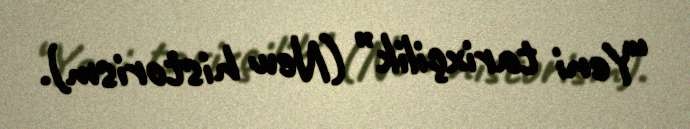
“Yeni tarixçilik” (New historism).